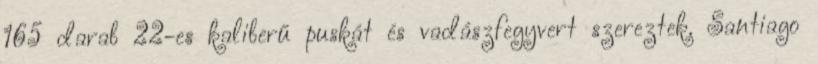
165 darab 22-es kaliberű puskát és vadászfegyvert szereztek. Santiago